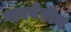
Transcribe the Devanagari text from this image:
सरबेरीन